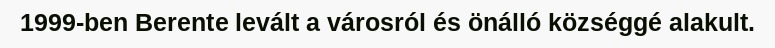
1999-ben Berente levált a városról és önálló községgé alakult.